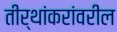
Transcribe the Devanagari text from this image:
तीर्थांकरांवरील